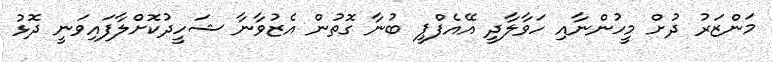
މަންޒަރު ދުށް މީހުންނާއި ހަވާލާދީ އޭއެފްޕީ ބުނާ ގޮތުން އެޒުވާނާ ޝަހީދުކޮށްލާފައިވަނީ ދޮޅު